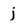
Character: j